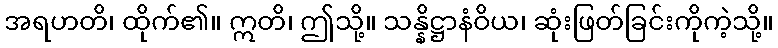
အရဟတိ၊ ထိုက်၏။ ဣတိ၊ ဤသို့။ သန္နိဋ္ဌာနံဝိယ၊ ဆုံးဖြတ်ခြင်းကိုကဲ့သို့။